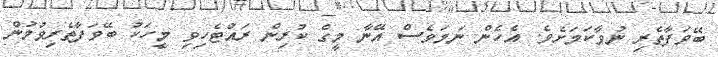
ބޭވަފާތެރި ނުވާކަމަށެވެ. އެހެން ނަމަވެސް އޭނާ މީގެ ކުރިން ރައްޓެހިވި މީހަކު ބޭވަފާތެރިވުމުން